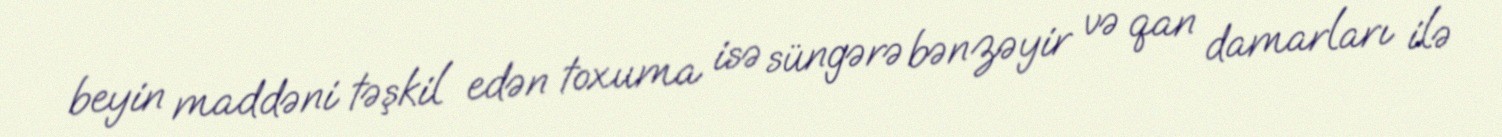
beyin maddəni təşkil edən toxuma isə süngərə bənzəyir və qan damarları ilə